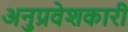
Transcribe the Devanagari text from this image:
अनुप्रवेशकारी